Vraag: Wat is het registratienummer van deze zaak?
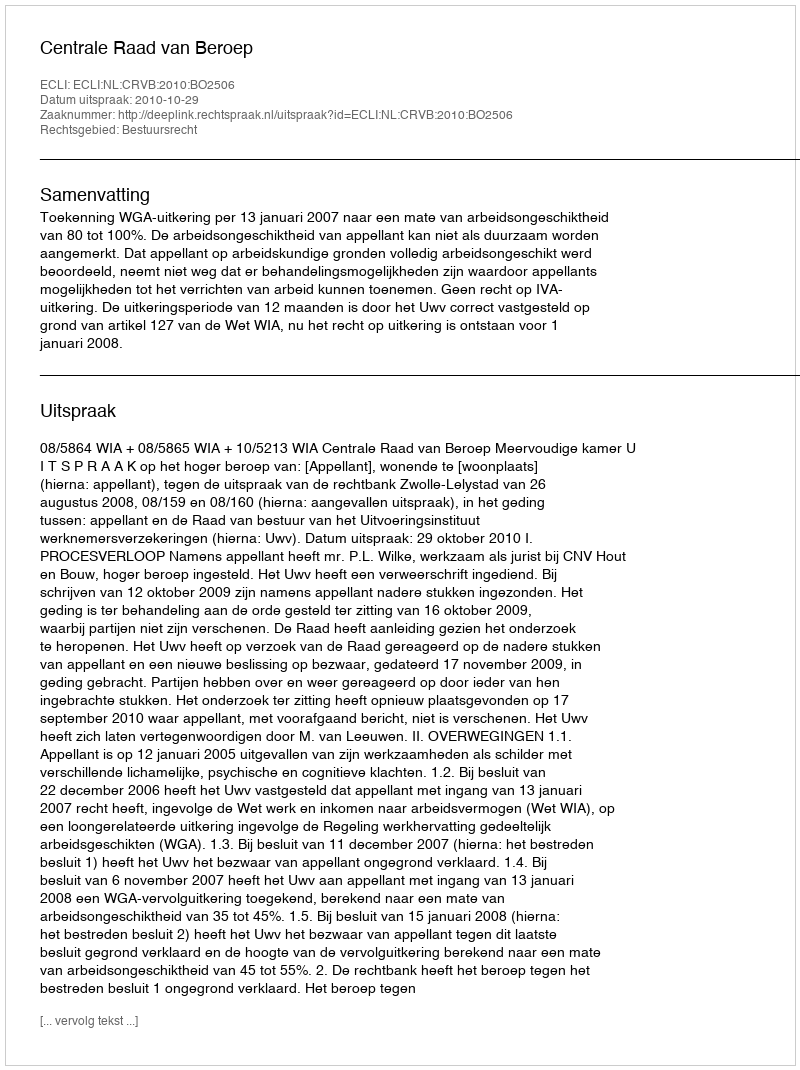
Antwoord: http://deeplink.rechtspraak.nl/uitspraak?id=ECLI:NL:CRVB:2010:BO2506